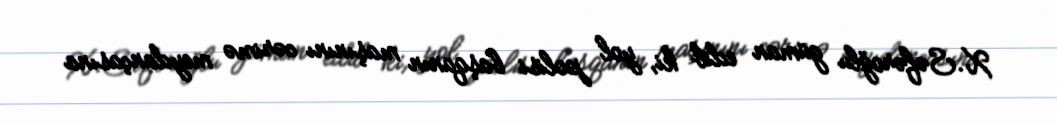
X.Səfəroğlu güman edib ki, yol polisi başqanın maşınını cərimə meydançasına